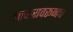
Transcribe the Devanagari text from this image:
आचारावरूनच